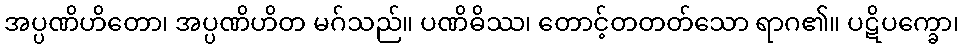
အပ္ပဏိဟိတော၊ အပ္ပဏိဟိတ မဂ်သည်။ ပဏိဓိဿ၊ တောင့်တတတ်သော ရာဂ၏။ ပဋိပက္ခော၊